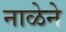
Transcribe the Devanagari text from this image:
नाळेने